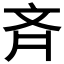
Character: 斉